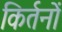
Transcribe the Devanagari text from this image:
किर्तनों